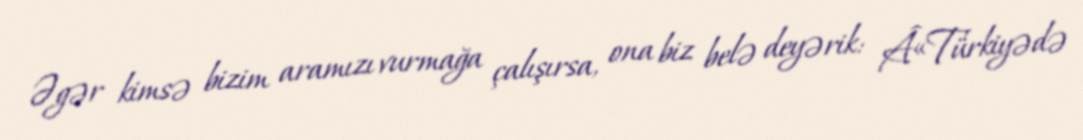
Əgər kimsə bizim aramızı vurmağa çalışırsa, ona biz belə deyərik: Â«Türkiyədə